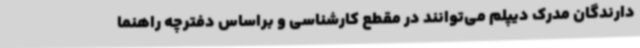
دارندگان مدرک دیپلم می‌توانند در مقطع کارشناسی و براساس دفترچه راهنما